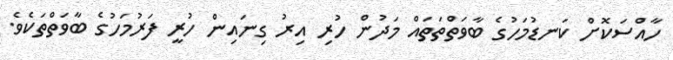
ހާއްސަކޮށް ކަނޑުމަހުގެ ބާވަތްތަތައް މަދުން ހުރި އިރު ގިނައިން ހުރީ ފަރުމަހުގެ ބާވަތްތަކެވެ.